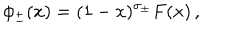
LaTeX: \phi _ { \pm } ( x ) = ( 1 - x ) ^ { \sigma _ { \pm } } F ( x ) \, ,